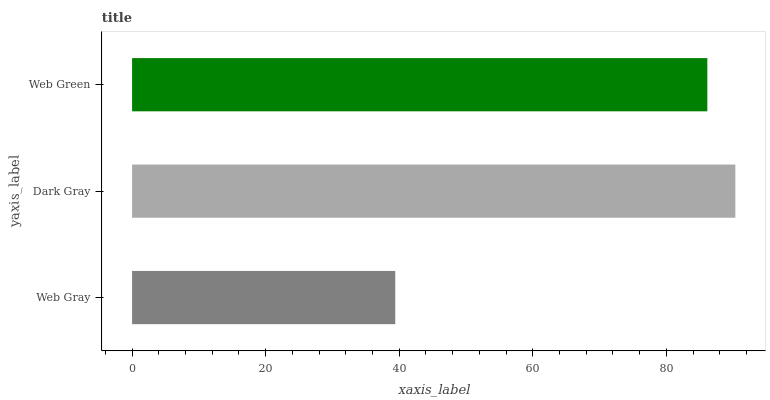
| yaxis_label | bars |
 | --- | --- |
 | Web Gray | 39.4 |
 | Dark Gray | 90.3 |
 | Web Green | 86.1 |